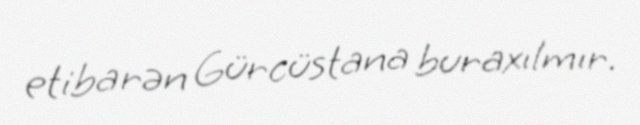
etibarən Gürcüstana buraxılmır.